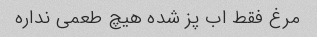
مرغ فقط اب پز شده هیچ طعمی نداره